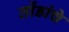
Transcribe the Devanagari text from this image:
तोंडांचे